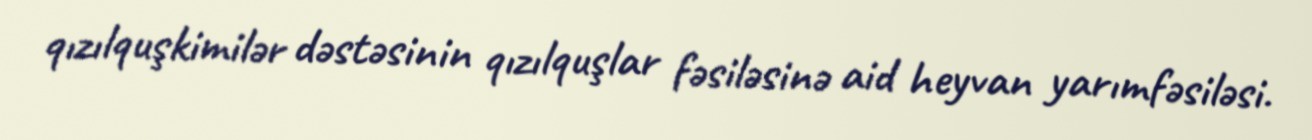
qızılquşkimilər dəstəsinin qızılquşlar fəsiləsinə aid heyvan yarımfəsiləsi.